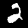
Label: 2